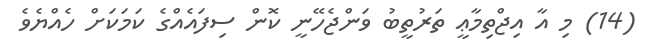
(14) މި އާ އިޖްތިމާޢީ ތަރުތީބު ވަންޖެހޭނީ ކޮން ސިފައެއްގެ ކަމަކަށް ހެއްޔެވެ